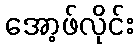
အော့ဖ်လိုင်း